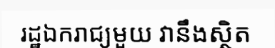
រដ្ឋឯករាជ្យមួយ វានឹងស្ថិត